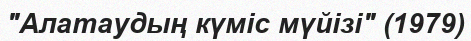
"Алатаудың күміс мүйізі" (1979)